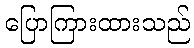
ပြောကြားထားသည်